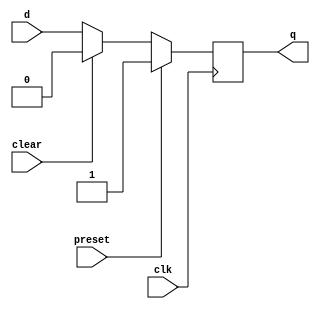
module dff_preset_clear(
	input d,clk,preset,clear,
	output reg q
);
	always @(posedge clk) begin
	if (preset) begin
		q=1'b1;
	end else if (clear) begin
		q=1'b0;
	end else begin
		q=d;
	end
	end
endmodule

//TESTBENCH

module dff_preset_clear_tb;
	reg d,clk=1,preset,clear;
	wire q;
	
	dff_preset_clear uut(.d(d),.clk(clk),.preset(preset),.clear(clear),.q(q));
	
	always begin
		#5 clk=~clk;
	end
	
	initial begin
	
	d=0;
	preset=0;
	clear=0;
	#10;
	
	d=1;
	preset=0;
	clear=0;
	#10;
	
	d=0;
	preset=1;
	clear=0;
	#10;
	
	d=1;
	preset=1;
	clear=0;
	#10;
	
	d=0;
	preset=0;
	clear=1;
	#10;
	
	d=1;
	preset=0;
	clear=1;
	#10;
	
	$finish;
	end
endmodule